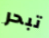
تبحر